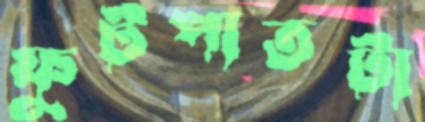
ফুটপাতটা